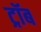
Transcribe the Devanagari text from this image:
ट्रॉब